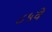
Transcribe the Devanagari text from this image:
८५वे